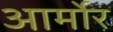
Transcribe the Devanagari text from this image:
आर्मोर